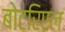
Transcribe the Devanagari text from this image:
बोटरिएल